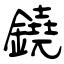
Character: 鐃